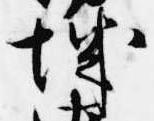
城